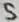
Text: S